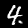
Label: 4